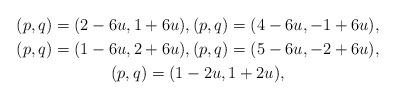
LaTeX: \begin{gather*}(p,q)=(2-6u,1+6u),(p,q)=(4-6u,-1+6u),\\(p,q)=(1-6u,2+6u),(p,q)=(5-6u,-2+6u),\\(p,q)=(1-2u,1+2u),\end{gather*}